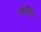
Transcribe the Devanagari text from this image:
वेसेलमन